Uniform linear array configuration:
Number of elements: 8
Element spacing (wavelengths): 0.75
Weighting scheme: uniform
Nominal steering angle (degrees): -30
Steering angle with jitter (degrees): -31.395
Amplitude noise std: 0.05
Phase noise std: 0.05

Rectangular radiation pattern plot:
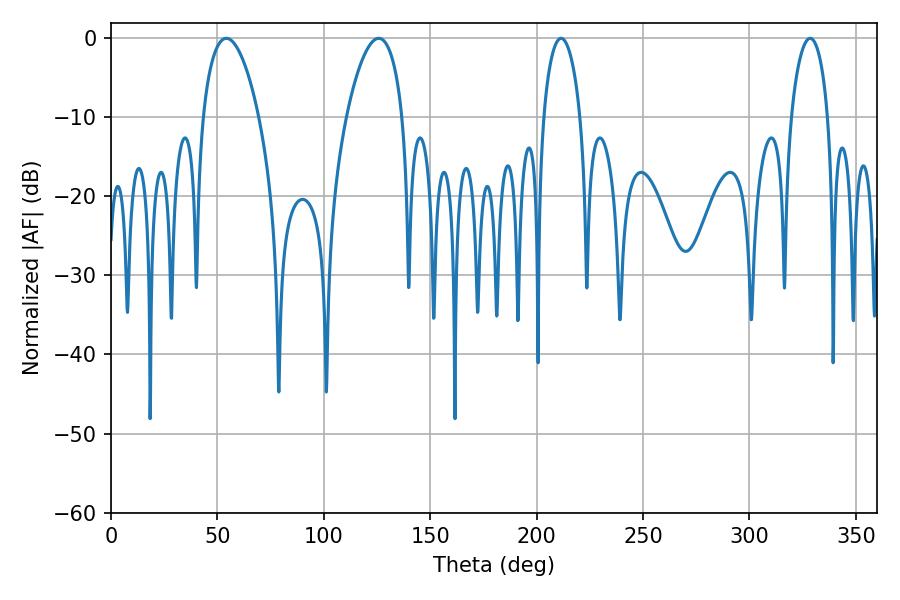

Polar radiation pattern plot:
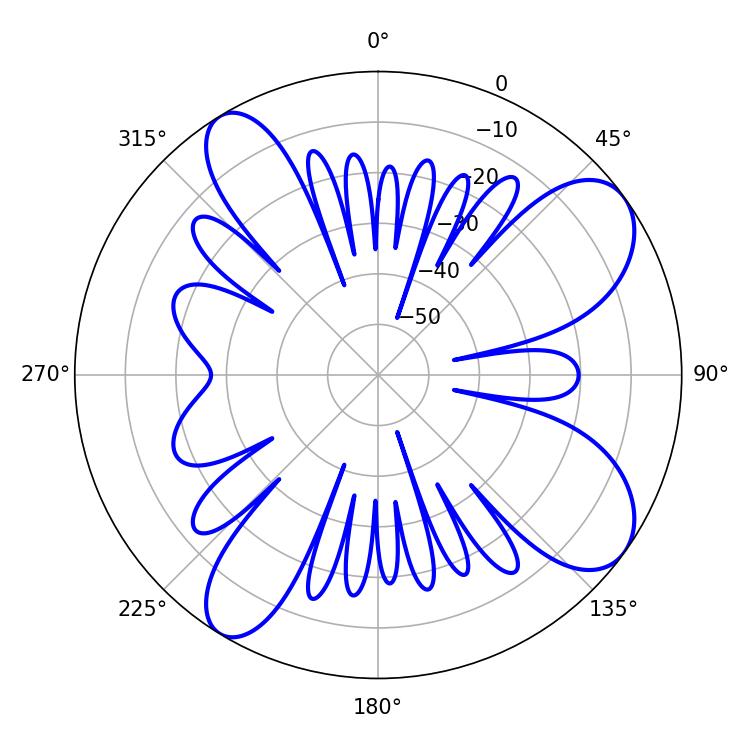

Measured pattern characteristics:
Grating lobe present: TRUE
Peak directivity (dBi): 9.143
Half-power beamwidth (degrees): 14.76
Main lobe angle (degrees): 54.18